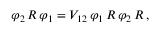
\varphi _ { 2 } \, R \, \varphi _ { 1 } = V _ { 1 2 } \, \varphi _ { 1 } \, R \, \varphi _ { 2 } \, R \, ,